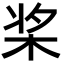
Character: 桨